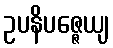
ဥပနိပဇ္ဇေယျ